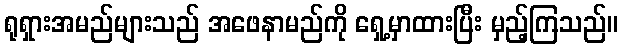
ရုရှားအမည်များသည် အဖေနာမည်ကို ရှေ့မှာထားပြီး မှည့်ကြသည်။